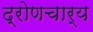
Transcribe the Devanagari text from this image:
द्रोणचार्य